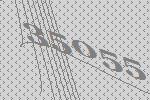
35055